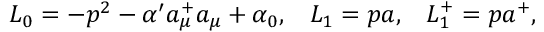
L _ { 0 } = - p ^ { 2 } - \alpha ^ { \prime } a _ { \mu } ^ { + } a _ { \mu } + \alpha _ { 0 } , \; \; \; L _ { 1 } = p a , \; \; \; L _ { 1 } ^ { + } = p a ^ { + } ,